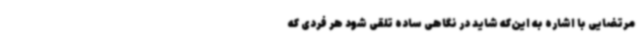
مرتضایی با اشاره به این‌که شاید در نگاهی ساده تلقی شود هر فردی که